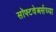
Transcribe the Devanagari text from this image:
सॉफ्टवेअर्सच्या